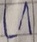
Text: L1